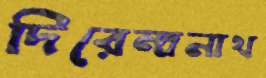
দিরেন্দ্রনাথ